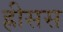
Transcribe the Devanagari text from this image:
ह्रीसस